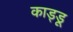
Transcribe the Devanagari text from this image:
काड्डू